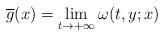
LaTeX: \begin{align*}\overline{g}({x})= \lim\limits_{t\to+\infty}\omega(t,y;{x}) \end{align*}